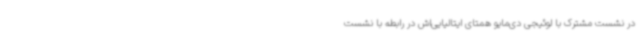
در نشست مشترک با لوئیجی دی‌مایو همتای ایتالیایی‌اش در رابطه با نشست